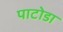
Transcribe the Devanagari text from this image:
पाटोडा